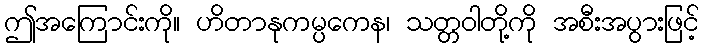
ဤအကြောင်းကို။ ဟိတာနုကမ္ပကေန၊ သတ္တဝါတို့ကို အစီးအပွားဖြင့်